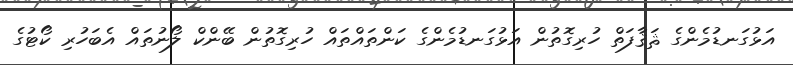
އަޅުގަނޑުމެންގެ ޘަޤާފަތް ހުރިގޮތުން އަޅުގަނޑުމެންގެ ކަންތައްތައް ހުރިގޮތުން ބޭންކް ލޯނުތައް އެބަހުރި ކޯޓުގެ